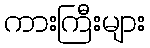
ကားကြီးများ